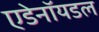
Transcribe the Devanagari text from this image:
एडेनॉयडल